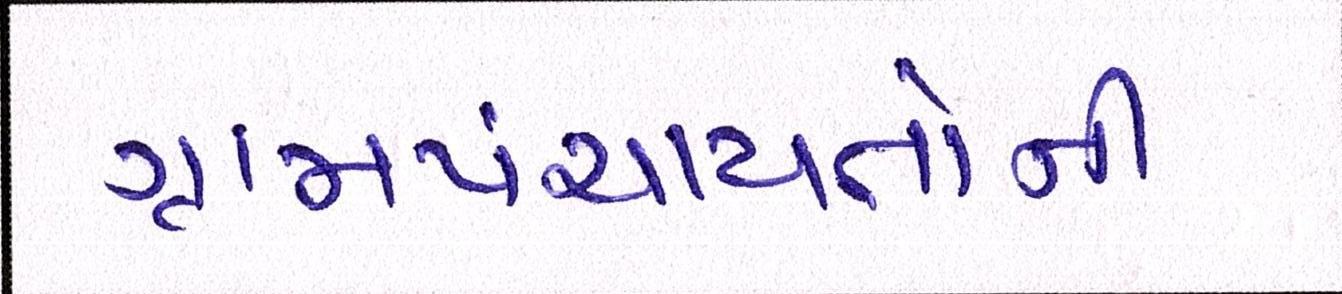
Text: ગ્રામપંચાયતોની